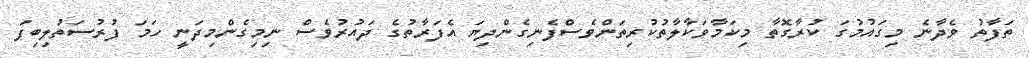
ތަފާތު ވެދާނެ މިގައުމުގަ ކުރާގޮތާ މިކަމާވަކާލާތުކުރިތަންވެސްފެނިގެންދިޔަ އެފަރާތުގެ ދައުރުވެސް ނިމިގެންމިދަނީ ހަމަ ފުރުސަތުލިބިފަ